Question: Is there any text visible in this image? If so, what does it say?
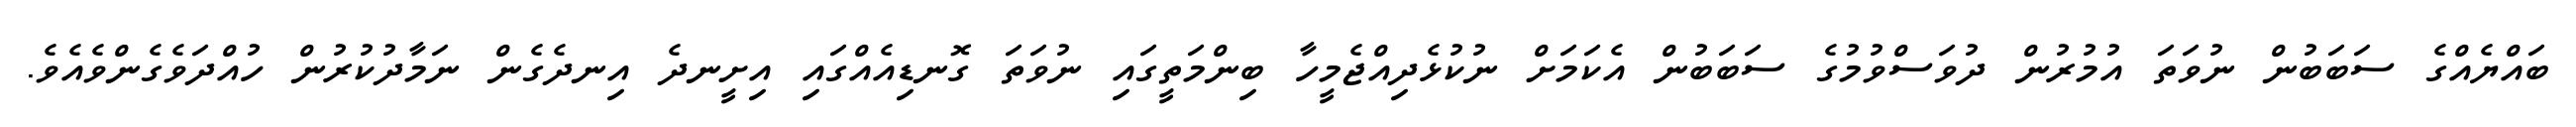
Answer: ބައްޔެއްގެ ސަބަބުން ނުވަތަ އުމުރުން ދުވަސްވުމުގެ ސަބަބުން އެކަމަށް ނުކުޅެދިއްޖެމީހާ ބިންމަތީގައި ނުވަތަ ގޮނޑިއެއްގައި އިށީނދެ އިނދެގެން ނަމާދުކުރުން ހުއްދަވެގެންވެއެވެ.